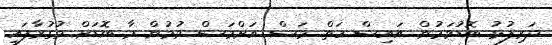
ދަރިފުޅު ބޮޑުވަމުން އައިސް ހަތް މަސް އަށްމަސް ވުމުން މާ ބޮޑަށް މުގުރާފައި